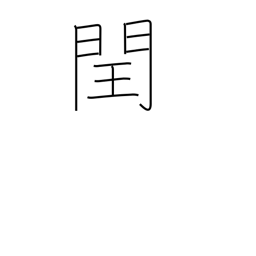
Meaning: intercalation